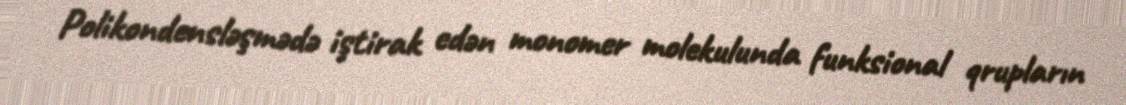
Polikondensləşmədə iştirak edən monomer molekulunda funksional qrupların